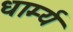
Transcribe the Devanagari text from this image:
धार्म्य